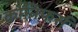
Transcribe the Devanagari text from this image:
कोनिफर्स